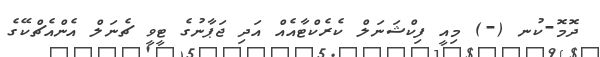
ދޮމޮ-ކުނ (-) މިއީ ފިކްޝަނަލް ކެރެކްޓާއެއް އަދި ޖަޕާނުގެ ޓީވީ ޗެނަލް އެންއެޗްކޭގެ